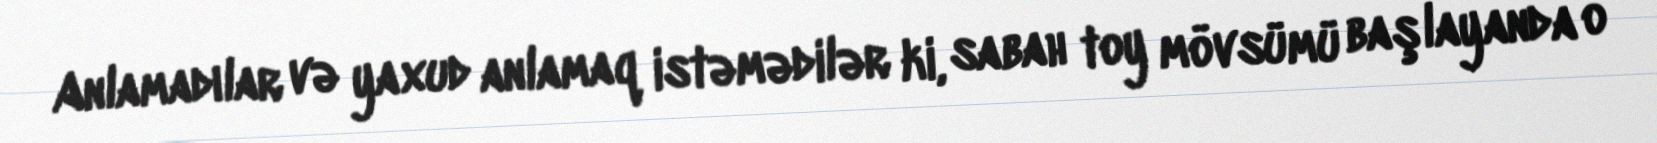
Anlamadılar və yaxud anlamaq istəmədilər ki, sabah toy mövsümü başlayanda o